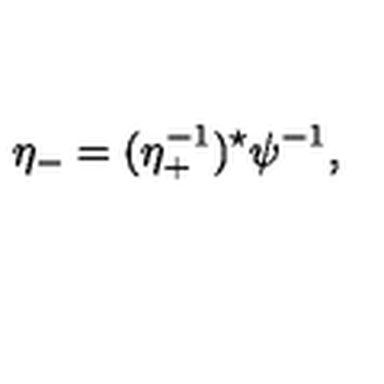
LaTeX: \eta _ { - } = ( \eta _ { + } ^ { - 1 } ) ^ { \star } \psi ^ { - 1 } ,